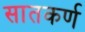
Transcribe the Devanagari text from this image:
सातकर्ण